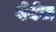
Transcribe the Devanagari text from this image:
बेबेज